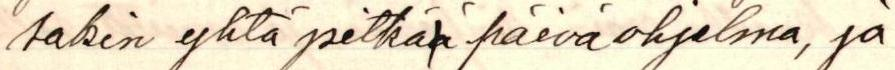
sakin yhtä pitkää päiväohjelma, ja